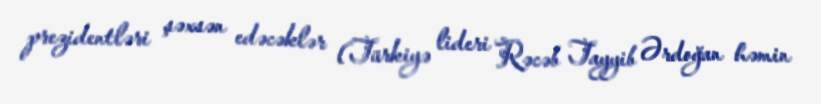
prezidentləri şəxsən edəcəklər (Türkiyə lideri Rəcəb Tayyib Ərdoğan həmin